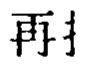
再打